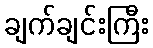
ချက်ချင်းကြီး